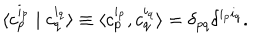
\langle c _ { p } ^ { i _ { p } } \mid c _ { q } ^ { i _ { q } } \rangle \equiv \langle c _ { p } ^ { i _ { p } } , c _ { q } ^ { i _ { q } } \rangle = \delta _ { p q } \delta ^ { i _ { p } i _ { q } } .